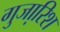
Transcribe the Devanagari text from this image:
गुजा़रिश